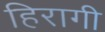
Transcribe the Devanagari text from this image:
हिरागी